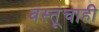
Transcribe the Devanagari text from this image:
वस्तूंचाही